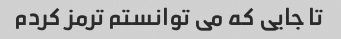
تا جایی که می توانستم ترمز کردم